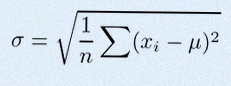
\sigma=\sqrt{\frac1n\sum(x_i-\mu)^2}